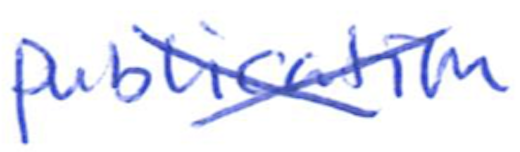
Text: publication
Cross-out: cross
Writing tool: ballpoint